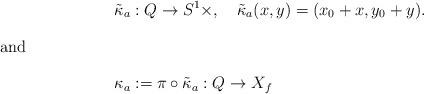
LaTeX: \begin{align*}&\tilde{\kappa}_{a}:Q\to S^{1}\times\real,\quad\tilde{\kappa}_{a}(x,y)=(x_{0}+x,y_{0}+y).\intertext{and}&\kappa_{a}:=\pi\circ \tilde{\kappa}_a:Q\to X_{f}\end{align*}